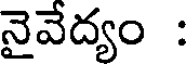
నైవేద్యం :